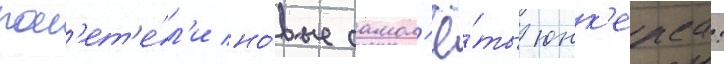
пол'ет'е́л'и но́вые самол'ё́ты юнк'ерса: